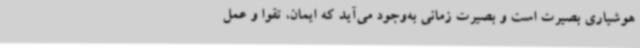
هوشیاری بصیرت است و بصیرت زمانی به‌وجود می‌آید که ایمان، تقوا و عمل